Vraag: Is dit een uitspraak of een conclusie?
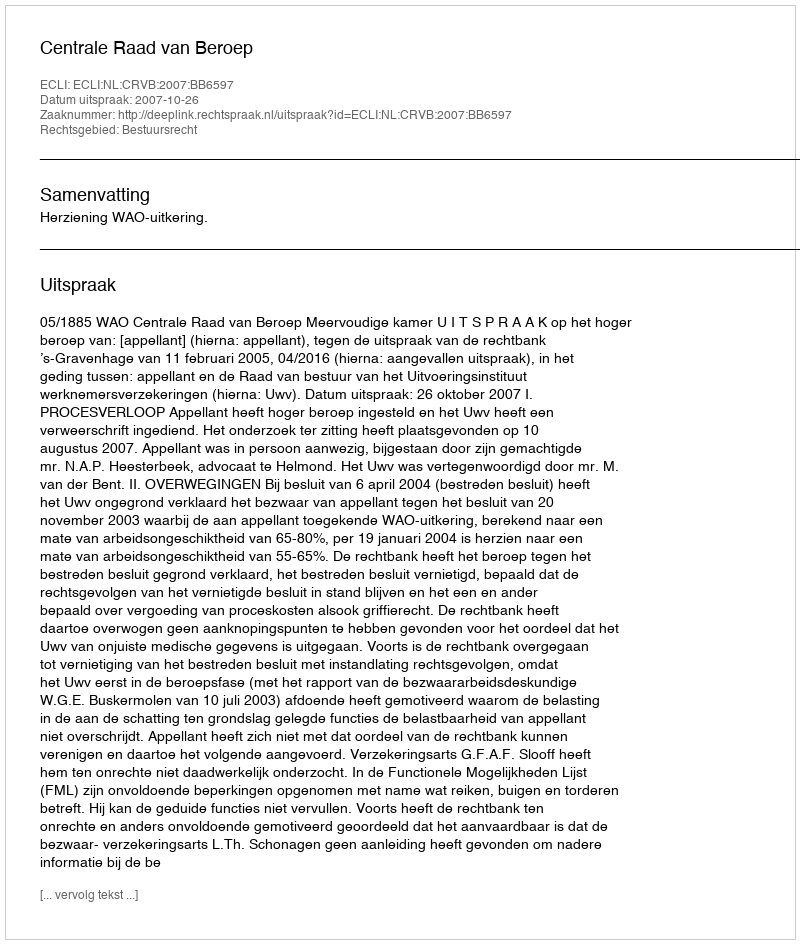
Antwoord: Uitspraak